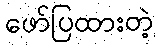
ဖော်ပြထားတဲ့